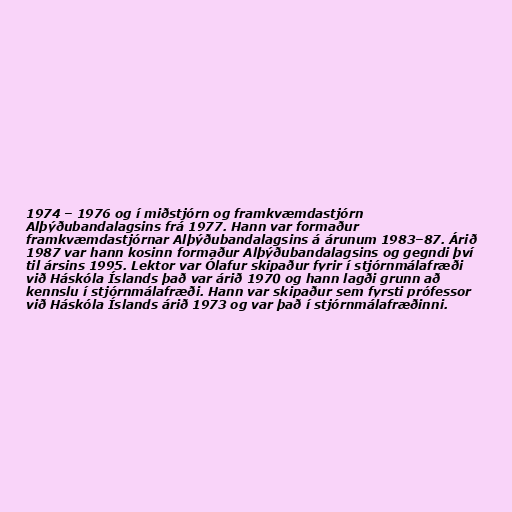
1974 – 1976 og í miðstjórn og framkvæmdastjórn
Alþýðubandalagsins frá 1977. Hann var formaður
framkvæmdastjórnar Alþýðubandalagsins á árunum 1983–87. Árið
1987 var hann kosinn formaður Alþýðubandalagsins og gegndi því
til ársins 1995. Lektor var Ólafur skipaður fyrir í stjórnmálafræði
við Háskóla Íslands það var árið 1970 og hann lagði grunn að
kennslu í stjórnmálafræði. Hann var skipaður sem fyrsti prófessor
við Háskóla Íslands árið 1973 og var það í stjórnmálafræðinni.